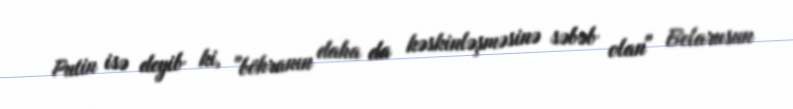
Putin isə deyib ki, "böhranın daha da kəskinləşməsinə səbəb olan" Belarusun